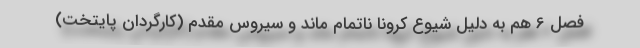
فصل 6 هم به دلیل شیوع کرونا ناتمام ماند و سیروس مقدم (کارگردان پایتخت)